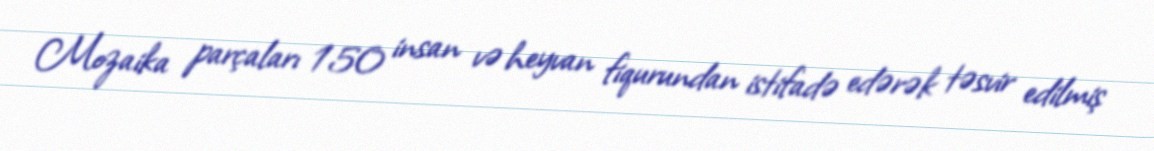
Mozaika parçaları 150 insan və heyvan fiqurundan istifadə edərək təsvir edilmiş